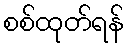
စစ်ထုတ်ရန်